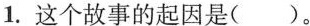
1.这个故事的起因是()。